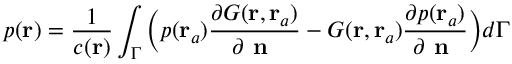
p ( \mathbf { r } ) = \frac { 1 } { c ( \mathbf { r } ) } \int _ { \Gamma } \Big ( p ( \mathbf { r } _ { a } ) \frac { \partial G ( \mathbf { r } , \mathbf { r } _ { a } ) } { \partial \textbf { n } } - G ( \mathbf { r } , \mathbf { r } _ { a } ) \frac { \partial p ( \mathbf { r } _ { a } ) } { \partial \textbf { n } } \Big ) d \Gamma